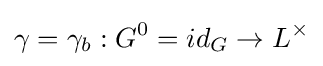
\gamma =\gamma _{b}:G^{0}=id_{G}\to L^{\times }